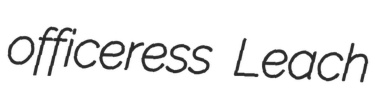
officeress Leach